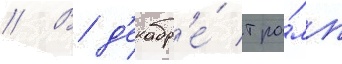
// В д'екабр'е́ тра́мп